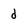
Character: d